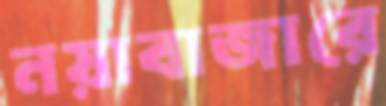
নয়াবাজারে